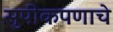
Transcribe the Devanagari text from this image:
सुपीकपणाचे